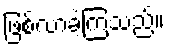
ဖြစ်လာခဲ့ကြသည်။